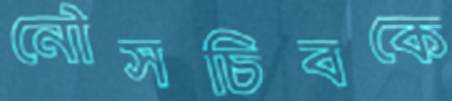
নৌসচিবকে